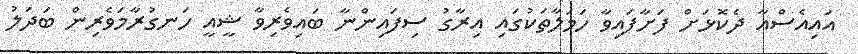
އައިއެސްއާ ދެކޮޅަށް ފަށާފައިވާ ހަމަލާތަކުގައި އިރާގު ސިފައިންނާ ބައިވެރިވާ ޝީއީ ހަނގުރާމަވެރިން ބަދަލު